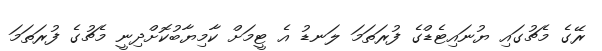
ރޭގެ މެޗުގައި ޔުނައިޓެޑްގެ ފުރަތަމަ ލަނޑު އެ ޓީމަށް ކާމިޔާބުކޮށްދިނީ މެޗުގެ ފުރަތަމަ